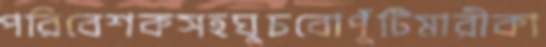
পরিবেশকসহঘুচবোপুঁটিমারীকা